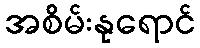
အစိမ်းနုရောင်